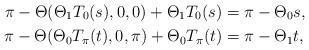
LaTeX: \begin{align*}\pi - \Theta(\Theta_1 T_0(s),0,0) + \Theta_1 T_0(s) &= \pi- \Theta_0 s, \\\pi - \Theta(\Theta_0 T_\pi(t),0,\pi) + \Theta_0 T_\pi(t)&=\pi- \Theta_1 t,\end{align*}